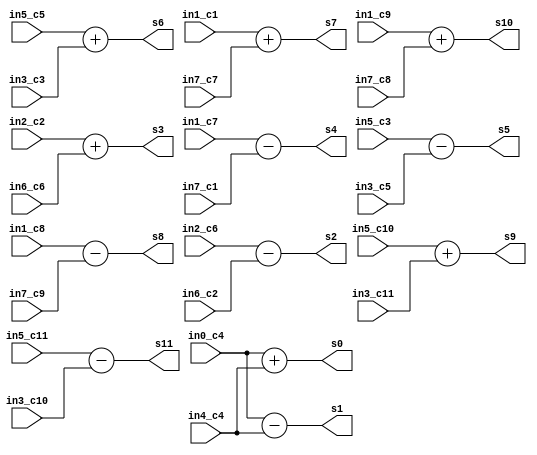
module idct_add0(
input [31:0] in0_c4, in1_c7, in1_c1, in2_c6, in2_c2, in3_c3, in3_c5, in4_c4, in5_c3, in5_c5, in6_c6, in6_c2, in7_c7, in7_c1, in1_c8, in1_c9, in7_c8, in7_c9, in5_c10, in5_c11, in3_c10, in3_c11,
output [31:0] s0, s1, s2, s3, s4, s5, s6, s7, s8, s9, s10, s11
    );
    
    assign s0 = in0_c4 + in4_c4;
    assign s1 = in0_c4 - in4_c4;
    assign s2 = in2_c6 - in6_c2;
    assign s3 = in2_c2 + in6_c6;
    assign s4 = in1_c7 - in7_c1;
    assign s5 = in5_c3 - in3_c5;
    assign s6 = in5_c5 + in3_c3;
    assign s7 = in1_c1 + in7_c7;
    
    assign s8 = in1_c8 - in7_c9; // 1st and 7th inputs contributions
    assign s9 = in5_c10 + in3_c11; // 3rd and 5th inputs contributions (Warning: multiplied  with -1)
    assign s10 = in1_c9 + in7_c8; // 1st and 7th inputs contributions
    assign s11 = in5_c11 - in3_c10; // 3rd and 5th inputs contributions
     
endmodule